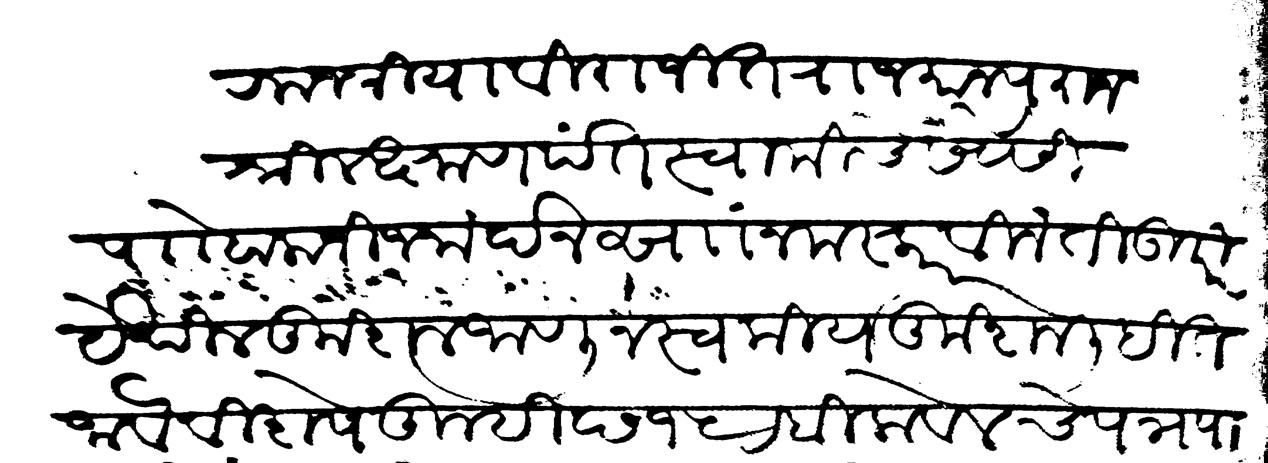
Transliteration (Devanagari): राजश्रिया विराजित राजमान्य राजश्री लक्ष्मण पंत स्वामीचे सेवेसी पाो बालाजी जनार्दन सां नमस्कार विनंती उपरी येथील कुशल जाणून स्वकीय कुशल लिहित जावे विशेष तुम्ही छ १५ रबिलावलचे पत्र पाटविले